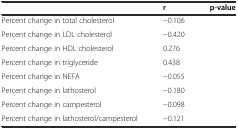
<table><thead><tr><td>[EMPTY_CELL]</td><td><b>r</b></td><td><b>p-value</b></td></tr></thead><tbody><tr><td>Percent change in total cholesterol</td><td>−0.106</td><td>[EMPTY_CELL]</td></tr><tr><td>Percent change in LDL cholesterol</td><td>−0.420</td><td>[EMPTY_CELL]</td></tr><tr><td>Percent change in HDL cholesterol</td><td>0.276</td><td>[EMPTY_CELL]</td></tr><tr><td>Percent change in triglyceride</td><td>0.438</td><td>[EMPTY_CELL]</td></tr><tr><td>Percent change in NEFA</td><td>−0.055</td><td>[EMPTY_CELL]</td></tr><tr><td>Percent change in lathosterol</td><td>−0.180</td><td>[EMPTY_CELL]</td></tr><tr><td>Percent change in campesterol</td><td>−0.098</td><td>[EMPTY_CELL]</td></tr><tr><td>Percent change in lathosterol/campesterol</td><td>−0.121</td><td>[EMPTY_CELL]</td></tr></tbody></table>